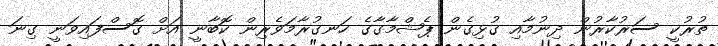
ތުރުކީ ސަރުކާރުން ދިނުމާއި ގުޅިގެން ޕެޝްމާގާގެ ހަނގުރާމަވެރިން ކޮބާނީ އަށް ގޮސްފައިވަނީ ގިނަ